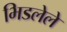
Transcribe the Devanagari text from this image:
भिडलेले